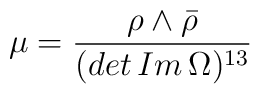
\mu=\frac{\rho\wedge\bar{\rho}}{(det\,Im\,\Omega)^{13}}